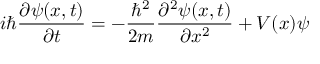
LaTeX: i \hbar { \frac { \partial \psi ( x , t ) } { \partial t } } = - { \frac { \hbar ^ { 2 } } { 2 m } } { \frac { \partial ^ { 2 } \psi ( x , t ) } { \partial x ^ { 2 } } } + V ( x ) \psi